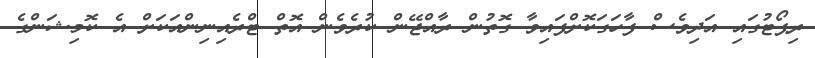
ރިޕޯޓުގައި އަދިވެސް ފާހަގަކޮށްފައިވާ ގޮތުން ރާއްޖޭން ކުރެވެން އޮތް ޓްރެއިނިންއަކަށް އެ ކޮމިޝަންގެ